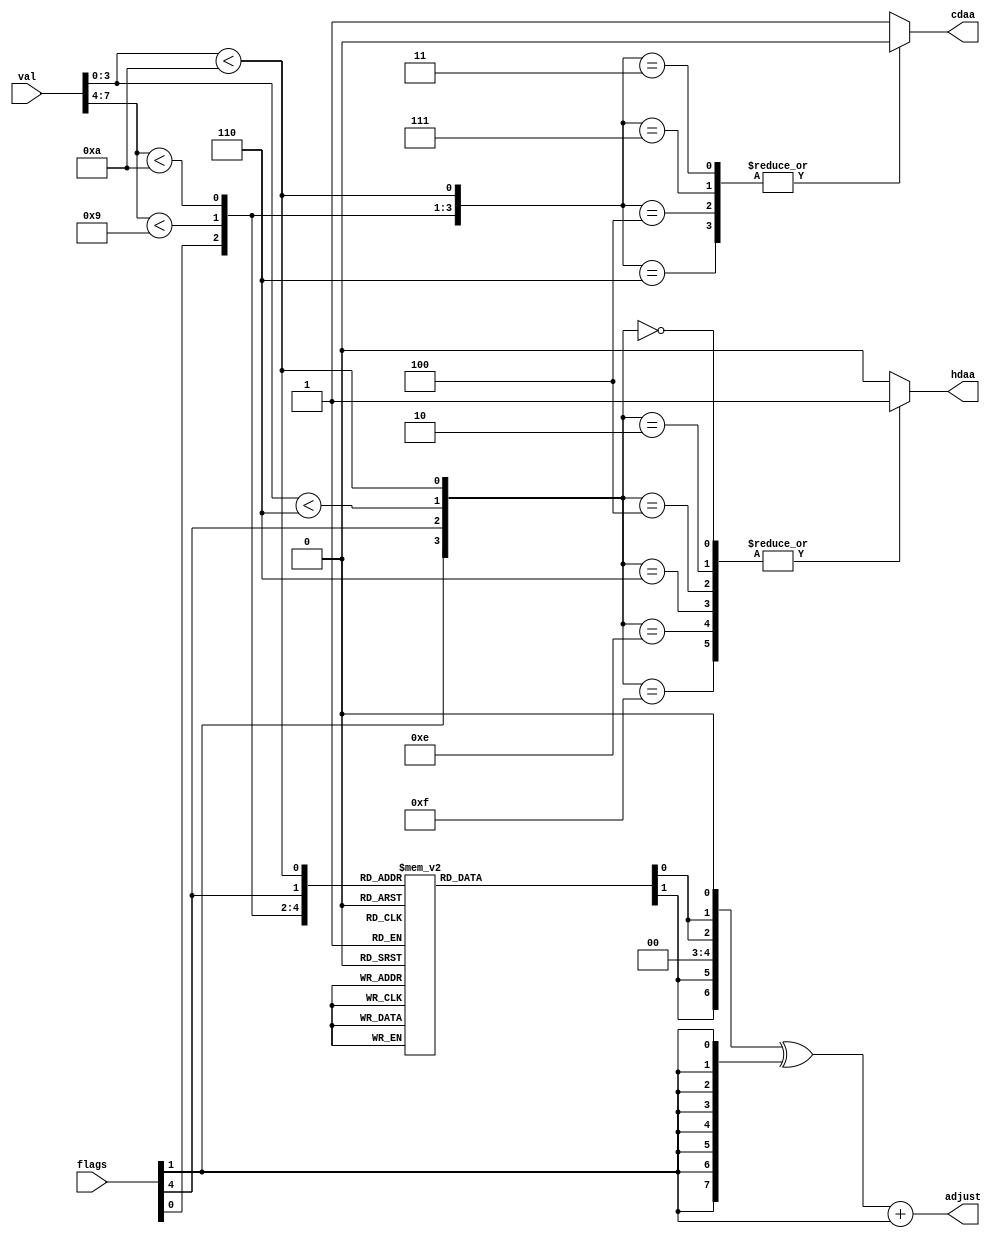
module daa (
	input [7:0]flags,
	input [7:0]val,
	output wire [7:0]adjust,
	output reg cdaa,
	output reg hdaa
	);
	wire h08 = val[7:4] < 9;
	wire h09 = val[7:4] < 10;
	wire l05 = val[3:0] < 6;
	wire l09 = val[3:0] < 10;
	reg [1:0]aa;
	assign adjust = ({1'b0, aa[1], aa[1], 2'b0, aa[0], aa[0], 1'b0} ^ {8{flags[1]}}) + flags[1];
	always @* begin
		case({flags[0], h08, h09, flags[4], l09})
			5'b00101, 5'b01101:	aa = 0;
			5'b00111, 5'b01111, 5'b01000, 5'b01010, 5'b01100, 5'b01110:	aa = 1;
			5'b00001, 5'b01001, 5'b10001, 5'b10101, 5'b11001, 5'b11101:	aa = 2;
			default: aa = 3;
		endcase
		case({flags[0], h08, h09, l09})
			4'b0011, 4'b0111, 4'b0100, 4'b0110:	cdaa = 0;
			default: cdaa = 1;
		endcase
		case({flags[1], flags[4], l05, l09})
			4'b0000, 4'b0010, 4'b0100, 4'b0110, 4'b1110, 4'b1111:	hdaa = 1;
			default:	hdaa = 0;
		endcase
	end
endmodule